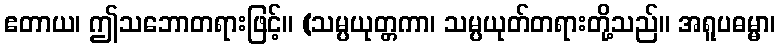
ဧတာယ၊ ဤသဘောတရားဖြင့်။ (သမ္ပယုတ္တကာ၊ သမ္ပယုတ်တရားတို့သည်။ အရူပဓမ္မာ၊